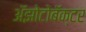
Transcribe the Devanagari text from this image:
अॅझोटोबॅक्टर